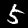
Label: 5